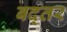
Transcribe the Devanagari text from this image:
बद्तर